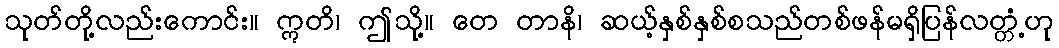
သုတ်တို့လည်းကောင်း။ ဣတိ၊ ဤသို့။ တေ တာနိ၊ ဆယ့်နှစ်နှစ်စသည်တစ်ဖန်မရှိပြန်လတ္တံ့ဟု